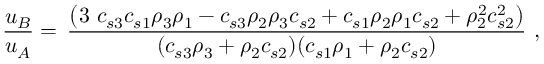
\frac { u _ { B } } { u _ { A } } = \, \frac { \left( 3 \ c _ { s 3 } c _ { s 1 } \rho _ { 3 } \rho _ { 1 } - c _ { s 3 } \rho _ { 2 } \rho _ { 3 } c _ { s 2 } + c _ { s 1 } \rho _ { 2 } \rho _ { 1 } c _ { s 2 } + \rho _ { 2 } ^ { 2 } c _ { s 2 } ^ { 2 } \right) } { ( c _ { s 3 } \rho _ { 3 } + \rho _ { 2 } c _ { s 2 } ) ( c _ { s 1 } \rho _ { 1 } + \rho _ { 2 } c _ { s 2 } ) } \ ,